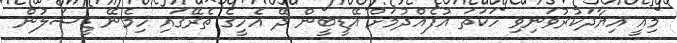
މިއީ އިޔާދަކުރުވަނިވި ހަކަތަ އުފެއްދުމަށް އޭޑީބީން ދޭ އެހީގެ ތެރޭގައި ހިމެނޭ ޑީސަލުން